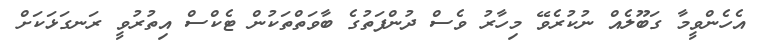
އެހެންވީމާ ގަބޫލެއް ނުކުރެވޭ މިހާރު ވެސް ދުންފަތުގެ ބާވަތްތަކުން ޓެކްސް އިތުރުވީ ރަނގަޅަކަށް